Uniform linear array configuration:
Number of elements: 8
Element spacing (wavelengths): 1
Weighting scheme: blackman
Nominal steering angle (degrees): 30
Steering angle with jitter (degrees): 28.49
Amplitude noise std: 0.05
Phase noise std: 0.05

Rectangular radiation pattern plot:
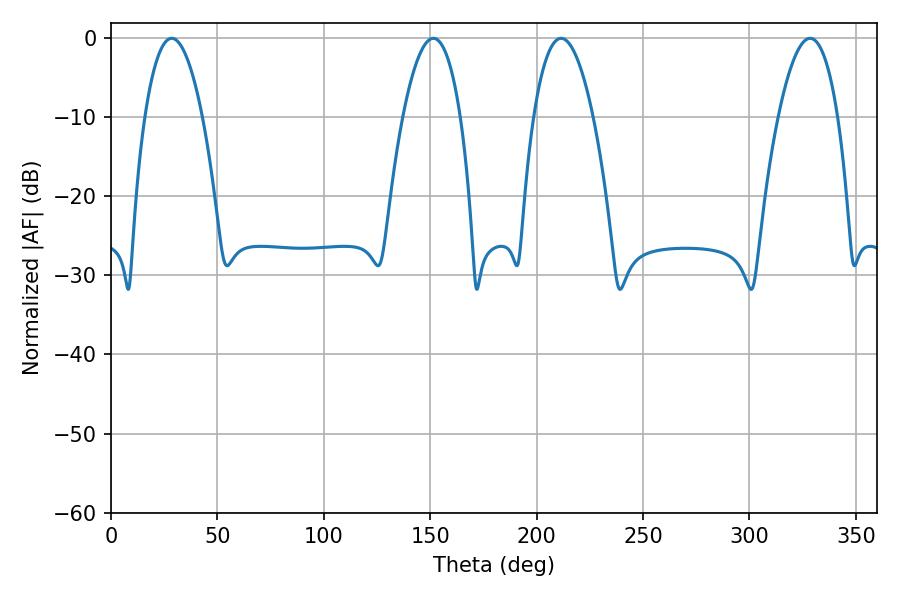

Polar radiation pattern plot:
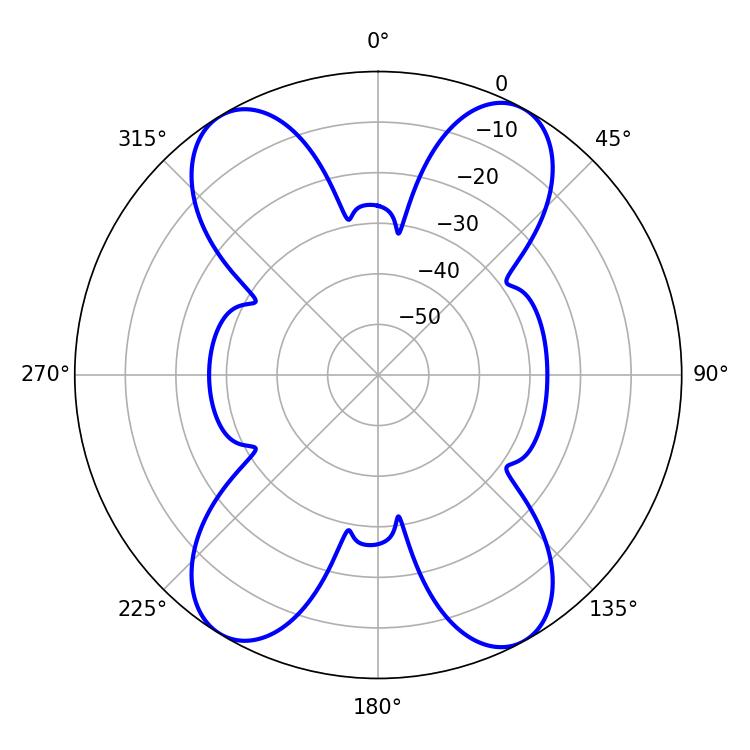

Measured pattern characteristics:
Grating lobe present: TRUE
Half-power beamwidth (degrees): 15.48
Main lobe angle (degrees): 211.5